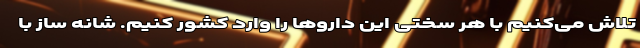
تلاش می‌کنیم با هر سختی این داروها را وارد کشور کنیم. شانه ساز با